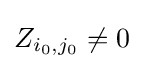
Z_{i_{0},j_{0}}\neq 0